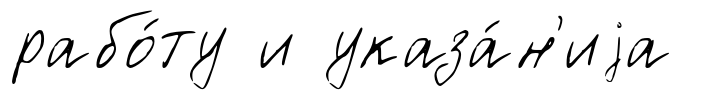
рабо́ту и указа́н'иjа